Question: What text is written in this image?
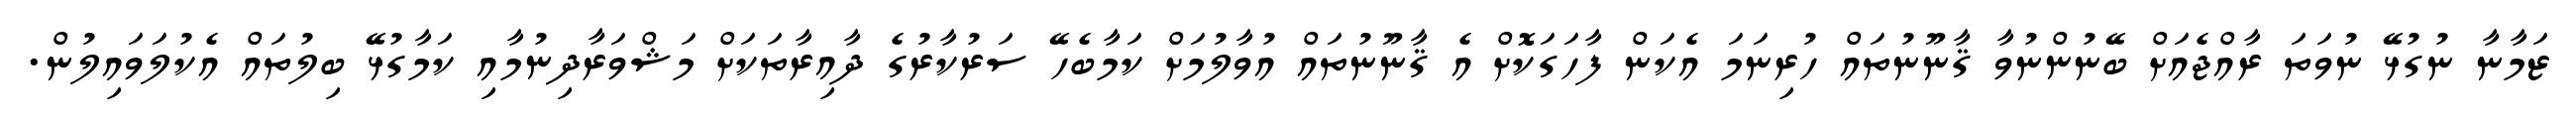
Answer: ޒަމާނާ ނުގުޅޭ ނުވަތަ ރާއްޖެއަށް ބޭނުންނުވާ ޤާނޫނުތައް ހުރިނަމަ އެކަން ފާހަގަކޮށް އެ ޤާނޫނުތައް އުވާލުމަށް ކަމާބެހޭ ސަރުކާރުގެ ދާއިރާތަކަށް މަޝްވަރާދިނުމާއި ކަމާގުޅޭ ބިލުތައް އެކުލަވައިލުން.